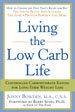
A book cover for Living the Low Carb Life: From Atkins to the Zone- Choosing the Diet That's Right for You; Jonny Bowden PhD  CNS; Health, Fitness & Dieting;